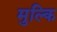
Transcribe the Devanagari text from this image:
मुल्कि